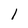
Character: l